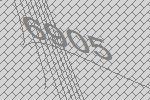
6905